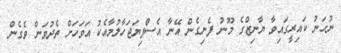
ނުހަނު ކައިރީގައިވާ ޔާނިޒްގެ މޫނު ފެނިގެން އޭނާ އެސްފިޔަޖަހާލުމާއެކު އަވަހަށް ތެދުވަން ވެގެން